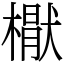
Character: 𣚕